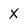
Character: x